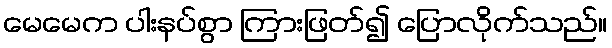
မေမေက ပါးနပ်စွာ ကြားဖြတ်၍ ပြောလိုက်သည်။